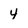
Character: 4